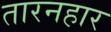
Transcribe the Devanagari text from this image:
तारनहार